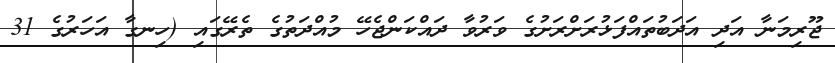
ޖޫރިމަނާ އަދި އަދަބުތައްފަޅުރަށްރަށުގެ ވަރުވާ ދައްކަންޖެހޭ މުއްދަތުގެ ތެރޭގައި (ހިނގާ އަހަރުގެ 31